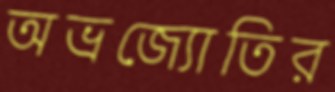
অভ্রজ্যোতির